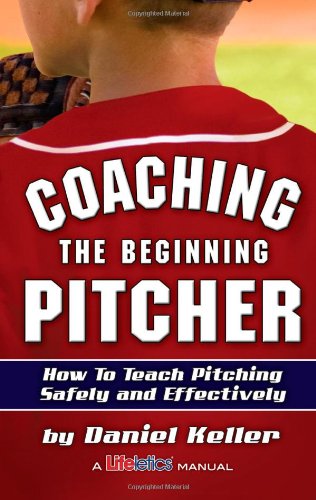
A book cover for Coaching the Beginning Pitcher; Daniel Keller; Sports & Outdoors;